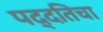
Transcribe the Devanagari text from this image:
पद्दतिचा